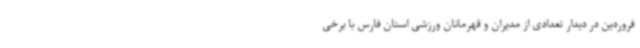
فروردین در دیدار تعدادی از مدیران و قهرمانان ورزشی استان فارس با برخی